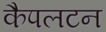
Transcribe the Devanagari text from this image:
कैपलटन